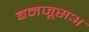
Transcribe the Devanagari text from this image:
बनजूसअ